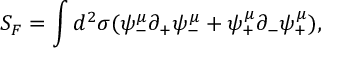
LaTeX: S _ { F } = \int d ^ { 2 } \sigma ( \psi _ { - } ^ { \mu } \partial _ { + } \psi _ { - } ^ { \mu } + \psi _ { + } ^ { \mu } \partial _ { - } \psi _ { + } ^ { \mu } ) ,